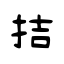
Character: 拮